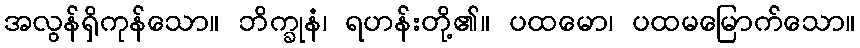
အလွန်ရှိကုန်သော။ ဘိက္ခုနံ၊ ရဟန်းတို့၏။ ပထမော၊ ပထမမြောက်သော။